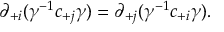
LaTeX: \partial _ { + i } ( \gamma ^ { - 1 } c _ { + j } \gamma ) = \partial _ { + j } ( \gamma ^ { - 1 } c _ { + i } \gamma ) .